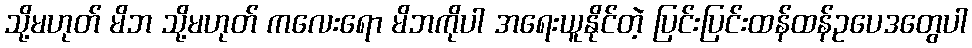
သို့မဟုတ် မိဘ သို့မဟုတ် ကလေးရော မိဘကိုပါ အရေးယူနိုင်တဲ့ ပြင်းပြင်းထန်ထန်ဥပေဒတွေပါ